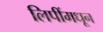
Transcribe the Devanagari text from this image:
लिपींमधून